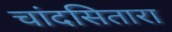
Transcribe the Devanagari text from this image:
चांदसितारा